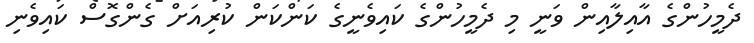
ދެމީހުންގެ އާއިލާއިން ވަނީ މި ދެމީހުންގެ ކައިވެނީގެ ކަންކަން ކުރިއަށް ގެންގޮސް ކައިވެނި